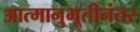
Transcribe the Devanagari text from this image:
आत्मानुभूतीनंतर